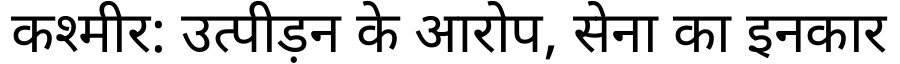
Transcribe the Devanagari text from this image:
कश्मीर: उत्पीड़न के आरोप, सेना का इनकार